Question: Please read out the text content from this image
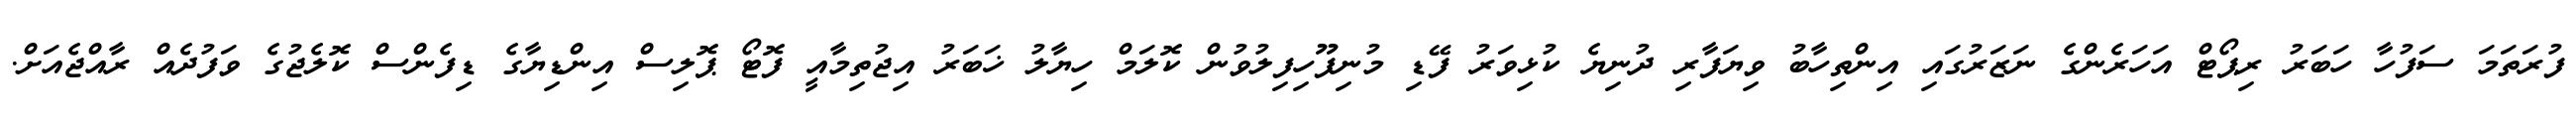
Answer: ފުރަތަމަ ސަފުހާ ހަބަރު ރިޕޯޓް އަހަރެންގެ ނަޒަރުގައި އިންތިހާބު ވިޔަފާރި ދުނިޔެ ކުޅިވަރު ފޭޑި މުނިފޫހިފިލުވުން ކޮލަމް ހިޔާލު ޚަބަރު އިޖުތިމާއީ ފޮޓޯ ޕޮލިސް އިންޑިޔާގެ ޑިފެންސް ކޮލެޖުގެ ވަފުދެއް ރާއްޖެއަށް.